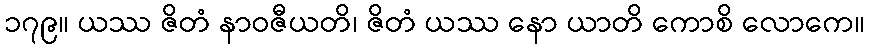
၁၇၉။ ယဿ ဇိတံ နာဝဇီယတိ၊ ဇိတံ ယဿ နော ယာတိ ကောစိ လောကေ။